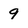
Character: 9